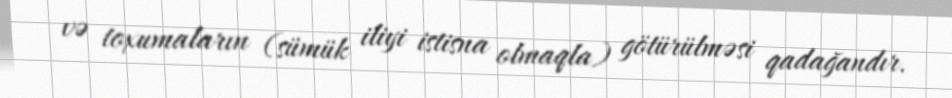
və toxumaların (sümük iliyi istisna olmaqla) götürülməsi qadağandır.